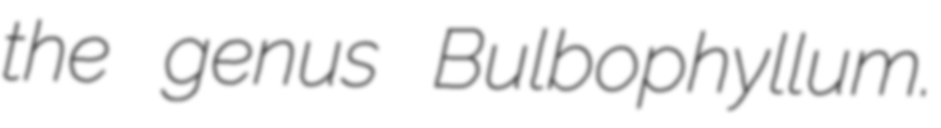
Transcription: the genus Bulbophyllum.